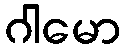
ဂါမော